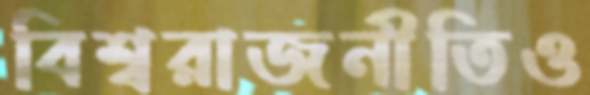
বিশ্বরাজনীতিও